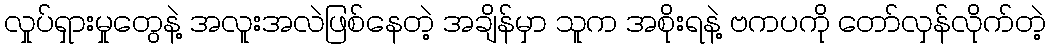
လှုပ်ရှားမှုတွေနဲ့ အလူးအလဲဖြစ်နေတဲ့ အချိန်မှာ သူက အစိုးရနဲ့ ဗကပကို တော်လှန်လိုက်တဲ့